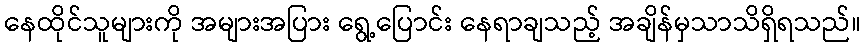
နေထိုင်သူများကို အများအပြား ရွေ့ပြောင်း နေရာချသည့် အချိန်မှသာသိရှိရသည်။